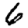
Digit: 6